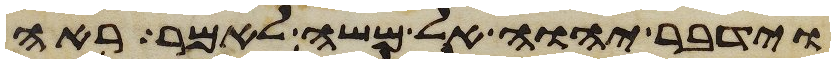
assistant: וידבר יהוה אל משה לאמר ראה